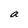
Character: a